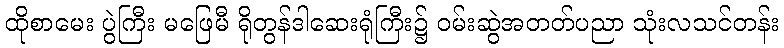
ထိုစာမေး ပွဲကြီး မဖြေမီ ရိုတွန်ဒါဆေးရုံကြီး၌ ဝမ်းဆွဲအတတ်ပညာ သုံးလသင်တန်း